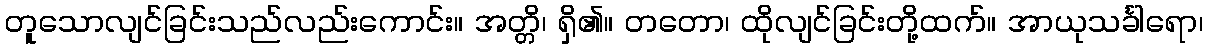
တူသောလျင်ခြင်းသည်လည်းကောင်း။ အတ္တိ၊ ရှိ၏။ တတော၊ ထိုလျင်ခြင်းတို့ထက်။ အာယုသင်္ခါရော၊